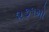
૨૭૧મો